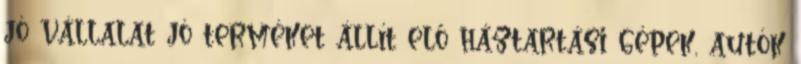
jó vállalat jó terméket állít elő háztartási gépek, autók